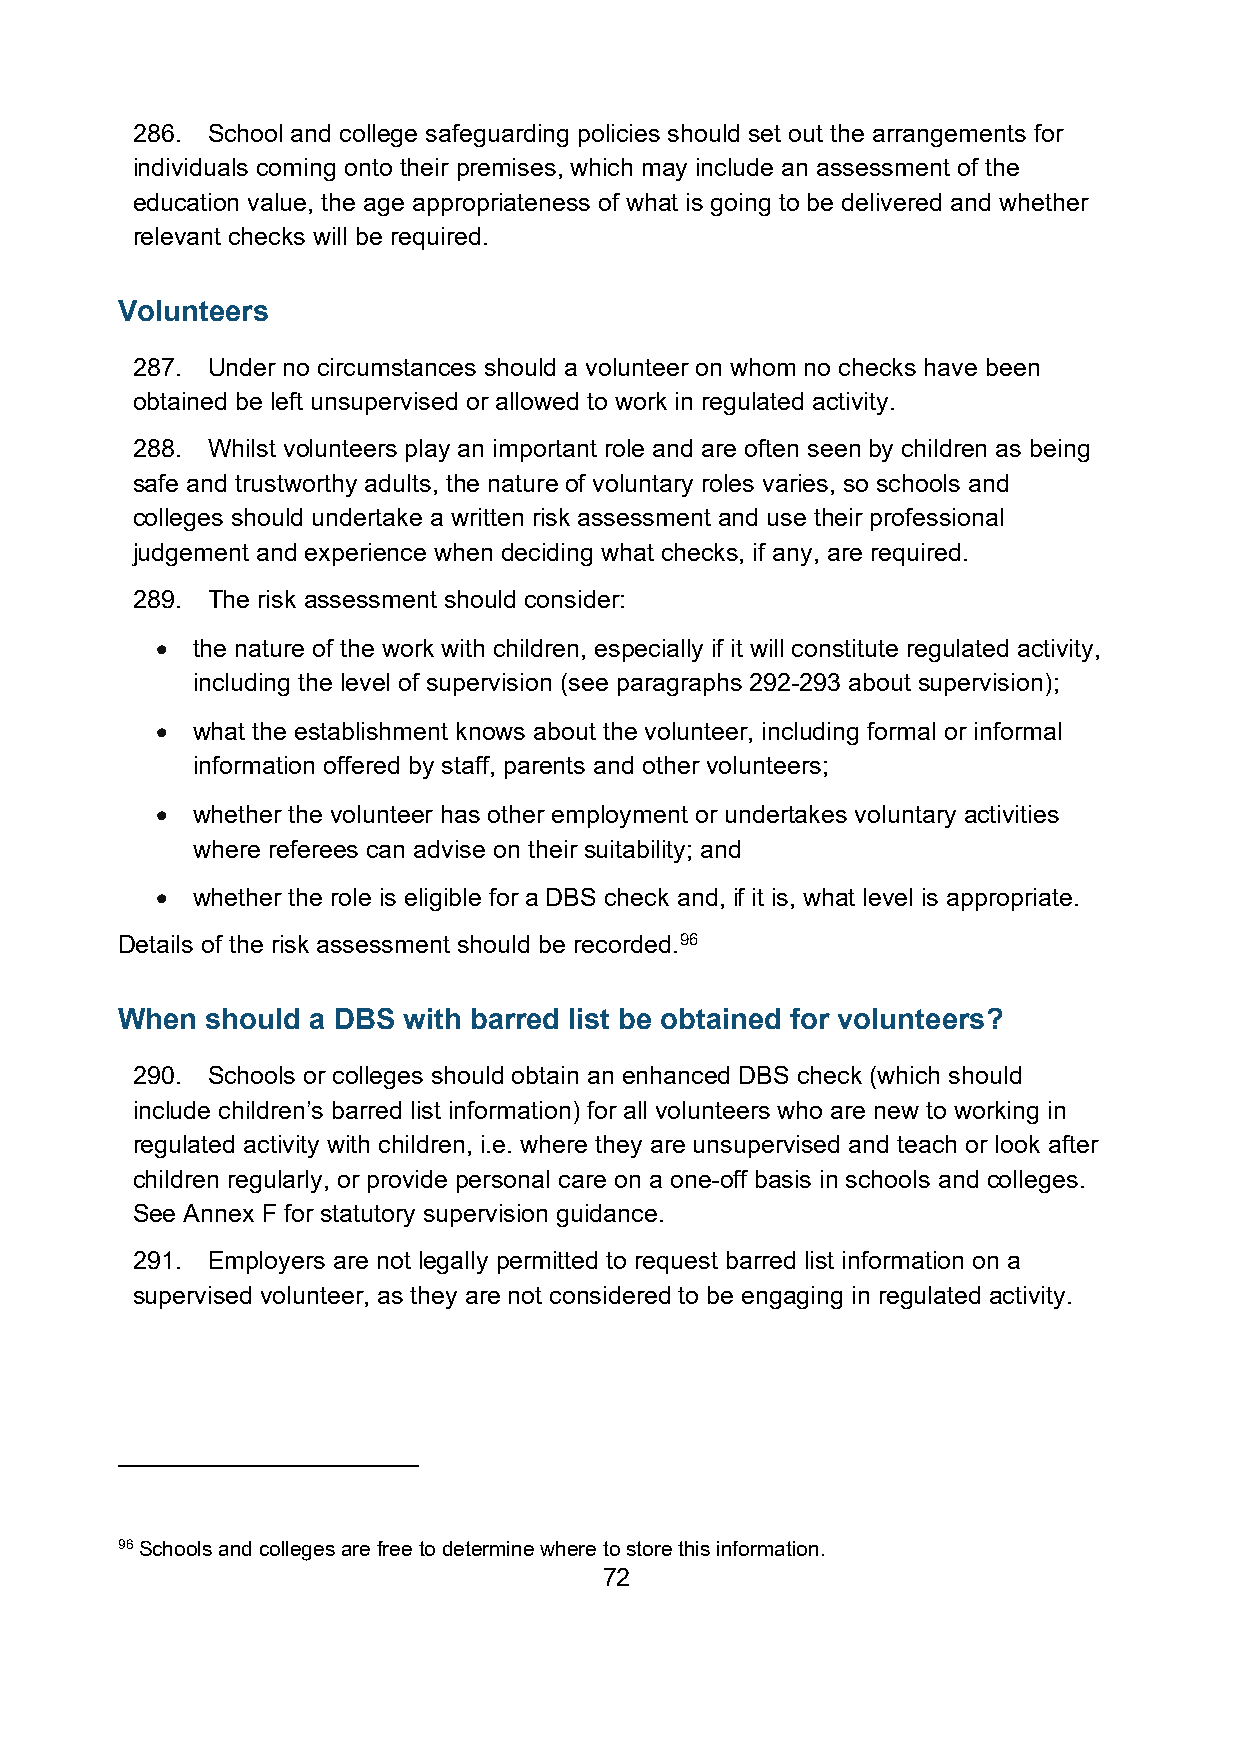
286. School and college safeguarding policies should set out the arrangements for
 individuals coming onto their premises, which may include an assessment of the
 education value, the age appropriateness of what is going to be delivered and whether
 relevant checks will be required.
 Volunteers
 287. Under no circumstances should a volunteer on whom no checks have been
 obtained be left unsupervised or allowed to work in regulated activity.
 288. Whilst volunteers play an important role and are often seen by children as being
 safe and trustworthy adults, the nature of voluntary roles varies, so schools and
 colleges should undertake a written risk assessment and use their professional
 judgement and experience when deciding what checks, if any, are required.
 289. The risk assessment should consider:
 •  the nature of the work with children, especially if it will constitute regulated activity,
 including the level of supervision (see paragraphs 292-293 about supervision);
 •  what the establishment knows about the volunteer, including formal or informal
 information offered by staff, parents and other volunteers;
 •  whether the volunteer has other employment or undertakes voluntary activities
 where referees can advise on their suitability; and
 •  whether the role is eligible for a DBS check and, if it is, what level is appropriate.
 Details of the risk assessment should be recorded.96
 When  should a DBS with barred list be obtained for volunteers?
 290. Schools or colleges should obtain an enhanced DBS check (which should
 include children’s barred list information) for all volunteers who are new to working in
 regulated activity with children, i.e. where they are unsupervised and teach or look after
 children regularly, or provide personal care on a one-off basis in schools and colleges.
 See Annex F for statutory supervision guidance.
 291. Employers are not legally permitted to request barred list information on a
 supervised volunteer, as they are not considered to be engaging in regulated activity.
 96 Schools and colleges are free to determine where to store this information.
 72